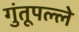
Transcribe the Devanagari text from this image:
गुंतूपल्ले